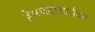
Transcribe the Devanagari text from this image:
हेमचंद्राचार्यका